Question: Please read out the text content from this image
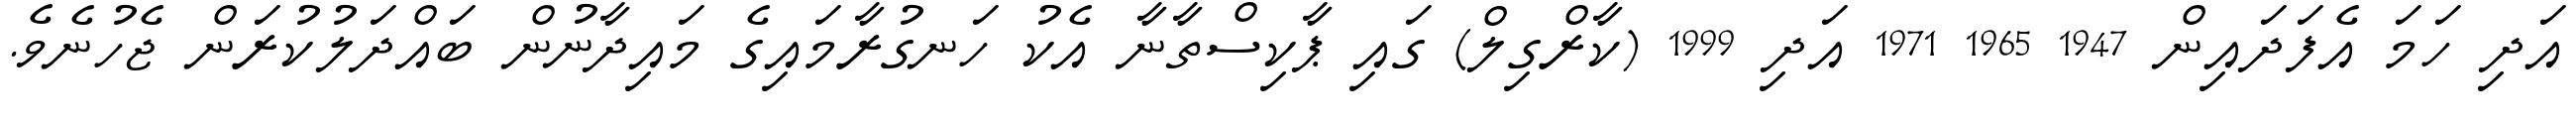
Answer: އަދި ހަމަ އެފަދައިން 1947 1965 1971 އަދި 1999 (ކާރްގިލް) ގައި ޕާކިސްތާނާ އެކު ހަނގުރާމައިގެ މައިދާނުން ބައްދަލުކުރަން ޖެހުނެވެ.